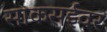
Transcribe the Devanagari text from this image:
साकसईवर